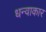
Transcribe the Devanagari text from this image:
धन्वाकार